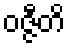
ဝဇ္ဇီတိ